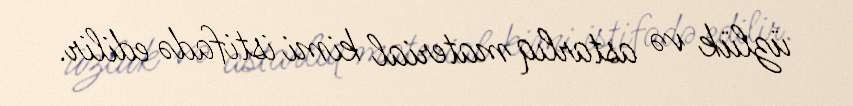
üzlük və astarlıq material kimi istifadə edilir.